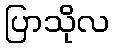
ပြာသိုလ